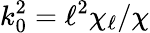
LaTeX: k_{0}^{2}=\ell^{2}\chi_{\ell}/\chi